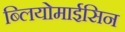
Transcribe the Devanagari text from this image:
ब्लियोमाईसिन